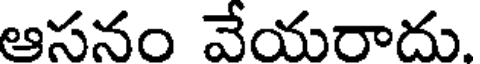
ఆసనం వేయరాదు.